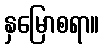
နှမြောစရာ။